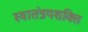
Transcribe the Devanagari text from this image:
स्वातंत्रयशक्ति